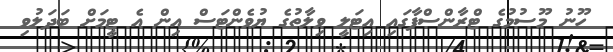
ހޫނު މޫސުމުގެ ޓްރާންސްފާގައި އިޓަލީ ވިލާތުގެ ޔުވެންޓަސް އިން އެ ޓީމަށް ބަދަލުވި